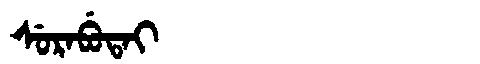
Manchu: ᠰᡠᡵᠠᠪᡠᡨᠠᡳ
Romanization: SURABUTAI